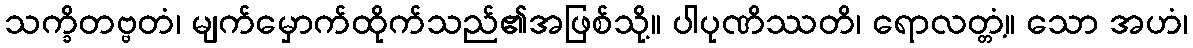
သက္ခိတဗ္ဗတံ၊ မျက်မှောက်ထိုက်သည်၏အဖြစ်သို့။ ပါပုဏိဿတိ၊ ရောလတ္တံ့။ သော အဟံ၊